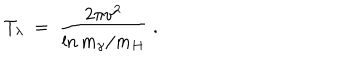
T _ { \lambda } \ = \ \frac { 2 \pi v ^ { 2 } } { \ln m _ { \gamma } / m _ { H } } \ .